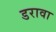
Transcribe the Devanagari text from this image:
डरावा